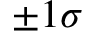
\pm 1 \sigma